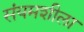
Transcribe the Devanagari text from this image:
संयमशीला